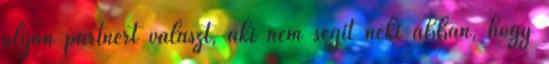
olyan partnert választ, aki nem segít neki abban, hogy